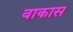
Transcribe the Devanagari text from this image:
वाकास